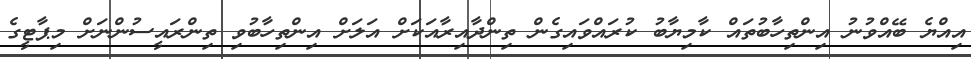
އިއްޔެ ބޭއްވުނު އިންތިހާބުތައް ކާމިޔާބު ކުރައްވައިގެން ތިންދާއިރާއަކަށް އަލަށް އިންތިހާބުވި ތިންރައީސުންނަށް މިޕާޓީގެ